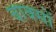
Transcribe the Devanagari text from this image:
बाक्सों